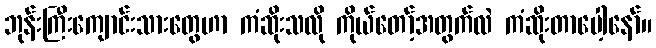
ဘုန်းကြီးကျောင်းသားတွေဟာ ကံဆိုးသလို ကိုယ်တော့်အတွက်လဲ ကံဆိုးတာပေါ့နော်။